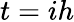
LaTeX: t=ih